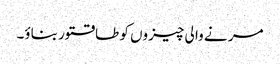
مر نے وا لی چیزوں کو طاقتور بناؤ۔